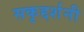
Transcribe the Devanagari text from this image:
सकृद्दर्शनी